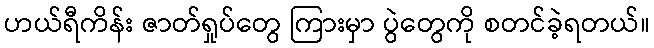
ဟယ်ရီကိန်း ဇာတ်ရှုပ်တွေ ကြားမှာ ပွဲတွေကို စတင်ခဲ့ရတယ်။